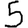
Digit: 5